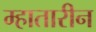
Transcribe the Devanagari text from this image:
म्हातारीन